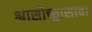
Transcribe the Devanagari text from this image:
श्वासोच्छ्वासाचा